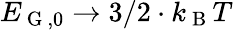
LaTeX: E_{\mathrm{~G~},0}\to 3/2\cdot k_{\mathrm{~B~}}T